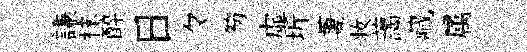
謙秣醉日々笏虚圻萋妆藹藏属